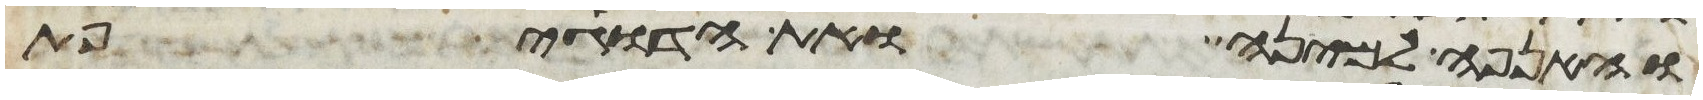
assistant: והאנפה למינה ואת הדגיפת